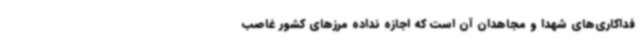
فداکاری‌های شهدا و مجاهدان آن است که اجازه نداده مرزهای کشور غاصب